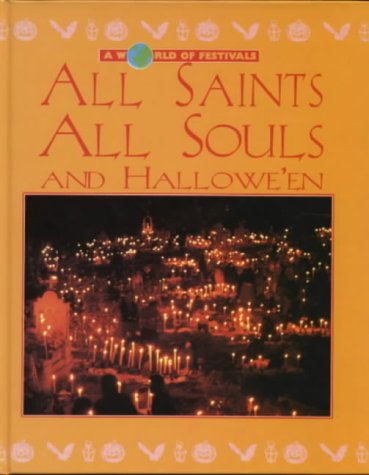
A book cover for All Saints, All Souls: Halloween (A World of Festivals); CATHERINE CHAMBERS; Children's Books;